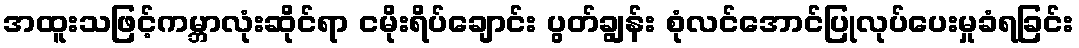
အထူးသဖြင့်ကမ္ဘာလုံးဆိုင်ရာ ငမိုးရိပ်ချောင်း ပွတ်ချွန်း စုံလင်အောင်ပြုလုပ်ပေးမှုခံရခြင်း